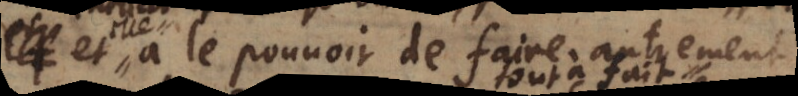
a le pouvoir de faire autrement